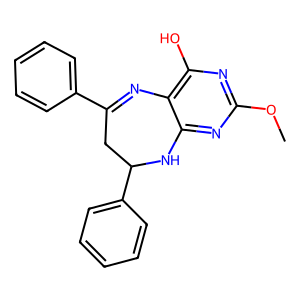
SMILES: COc1nc(O)c2c(n1)NC(c1ccccc1)CC(c1ccccc1)=N2
Inhibits HIV replication: No